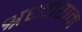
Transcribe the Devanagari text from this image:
श्रध्दाराम